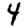
Digit: 4